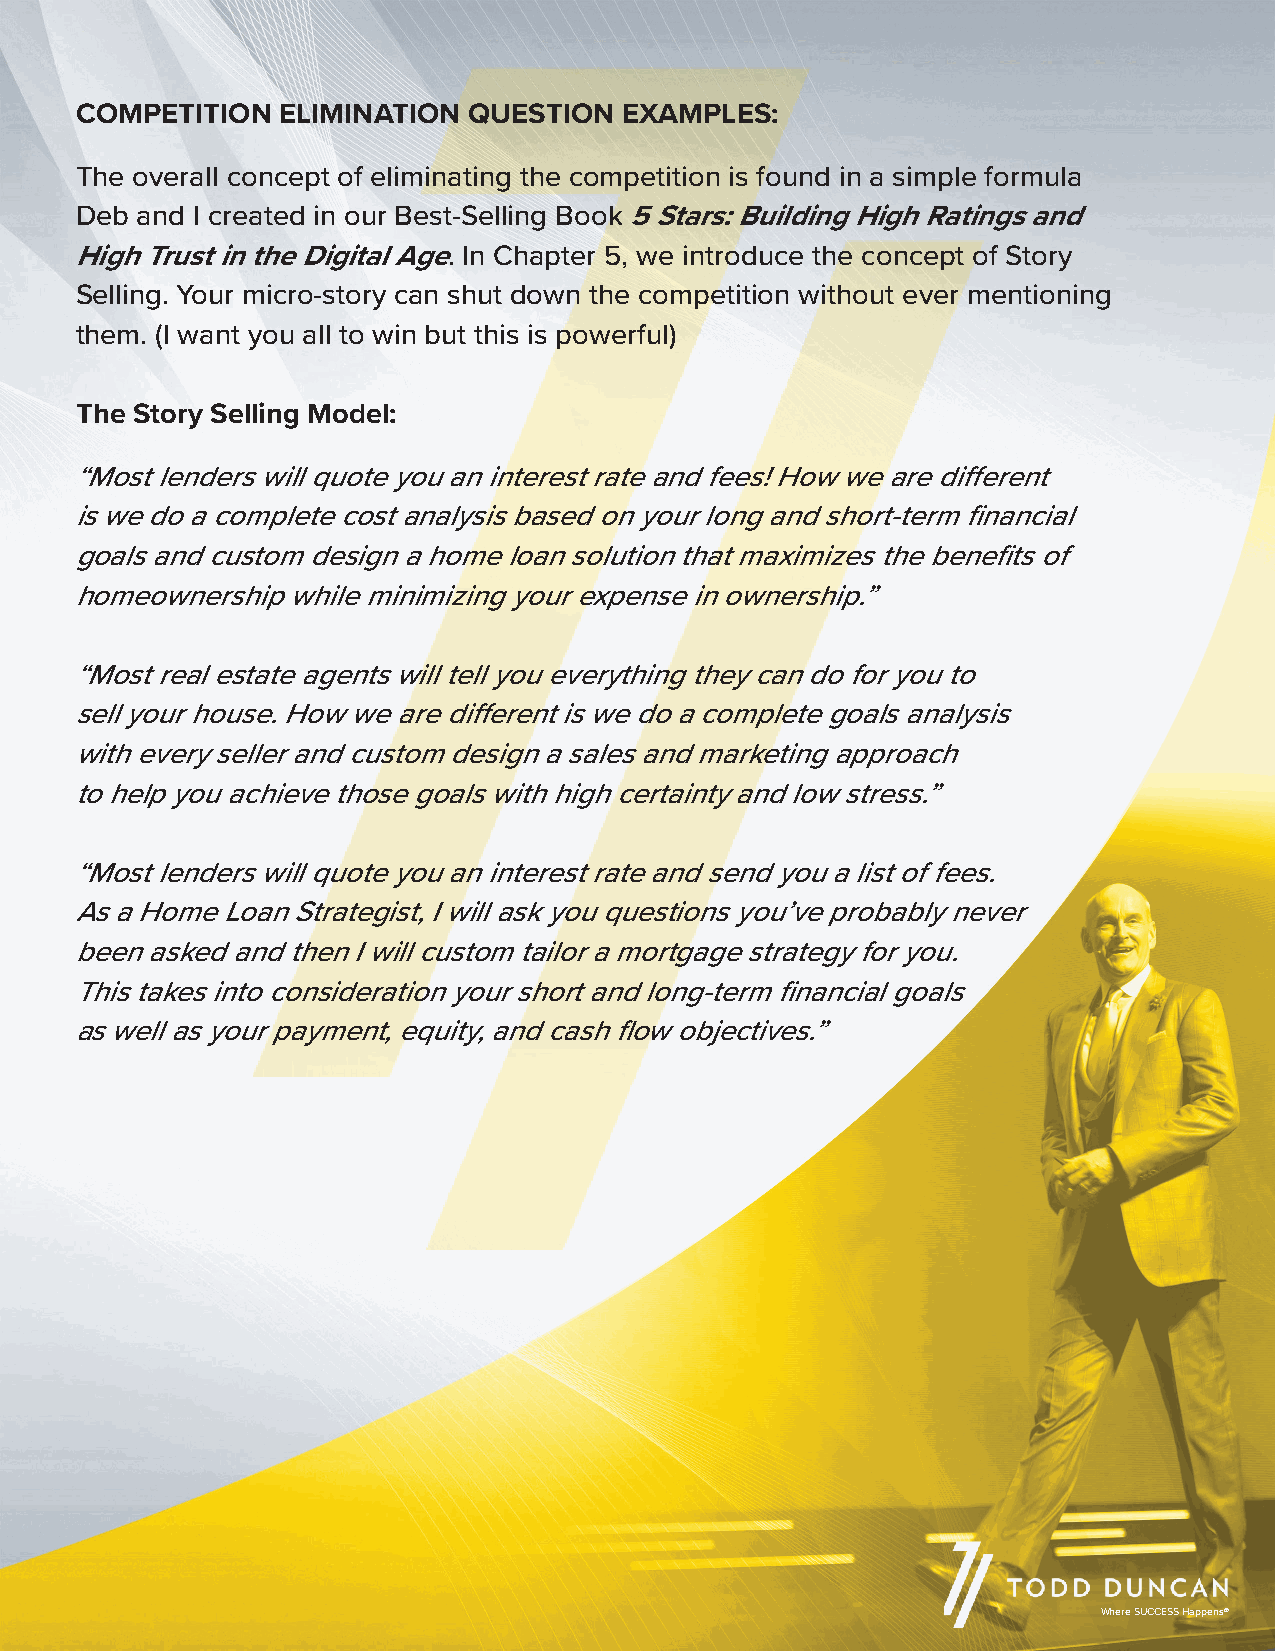
COMPETITION  ELIMINATION  QUESTION  EXAMPLES:
 The overall concept of eliminating the competition is found in a simple formula
 Deb and I created in our Best-Selling Book 5 Stars: Building High Ratings and
 High Trust in the Digital Age. In Chapter 5, we introduce the concept of Story
 Selling. Your micro-story can shut down the competition without ever mentioning
 them. (I want you all to win but this is powerful)
 The Story Selling Model:
 “Most lenders will quote you an interest rate and fees! How we are different
 is we do a complete cost analysis based on your long and short-term financial
 goals and custom design a home loan solution that maximizes the benefits of
 homeownership while minimizing your expense in ownership.”
 “Most real estate agents will tell you everything they can do for you to
 sell your house. How we are different is we do a complete goals analysis
 with every seller and custom design a sales and marketing approach
 to help you achieve those goals with high certainty and low stress.”
 “Most lenders will quote you an interest rate and send you a list of fees.
 As a Home Loan Strategist, I will ask you questions you’ve probably never
 been asked and then I will custom tailor a mortgage strategy for you.
 This takes into consideration your short and long-term financial goals
 as well as your payment, equity, and cash flow objectives.”
 Where SUCCESS Happens®